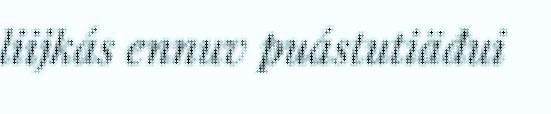
liijkás ennuv puástutiäđui